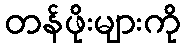
တန်ဖိုးများကို